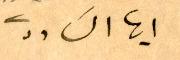
ايها السادة